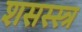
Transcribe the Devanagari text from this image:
शसस्स्त्र